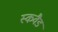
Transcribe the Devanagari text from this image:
स्कवैड